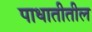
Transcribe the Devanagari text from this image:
पाधातीतील